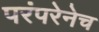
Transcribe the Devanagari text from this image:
परंपरेनेच